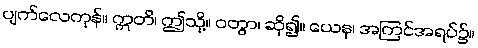
ပျက်လေကုန်။ ဣတိ၊ ဤသို့။ ဝတွာ၊ ဆို၍။ ယေန၊ အကြင်အရပ်၌။